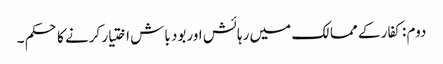
دوم : کفار کے ممالک میں رہائش اوربود باش اختیار کرنے کا حکم ۔